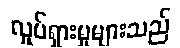
လှုပ်ရှားမှုများသည်